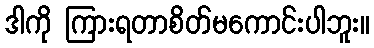
ဒါကို ကြားရတာစိတ်မကောင်းပါဘူး။